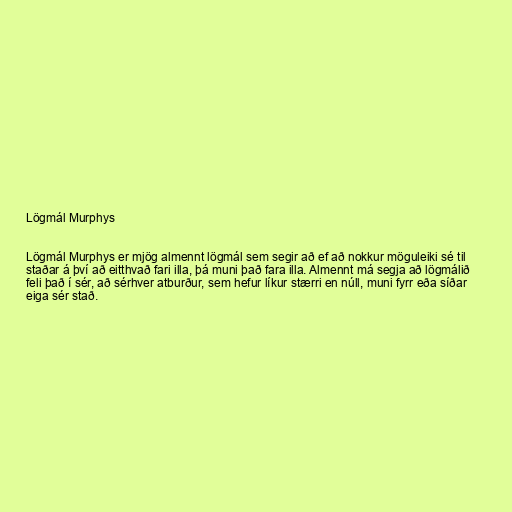
Lögmál Murphys

Lögmál Murphys er mjög almennt lögmál sem segir að ef að nokkur möguleiki sé til
staðar á því að eitthvað fari illa, þá muni það fara illa. Almennt má segja að lögmálið
feli það í sér, að sérhver atburður, sem hefur líkur stærri en núll, muni fyrr eða síðar
eiga sér stað.